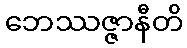
ဘေဿဇ္ဇာနီတိ